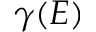
\gamma ( E )